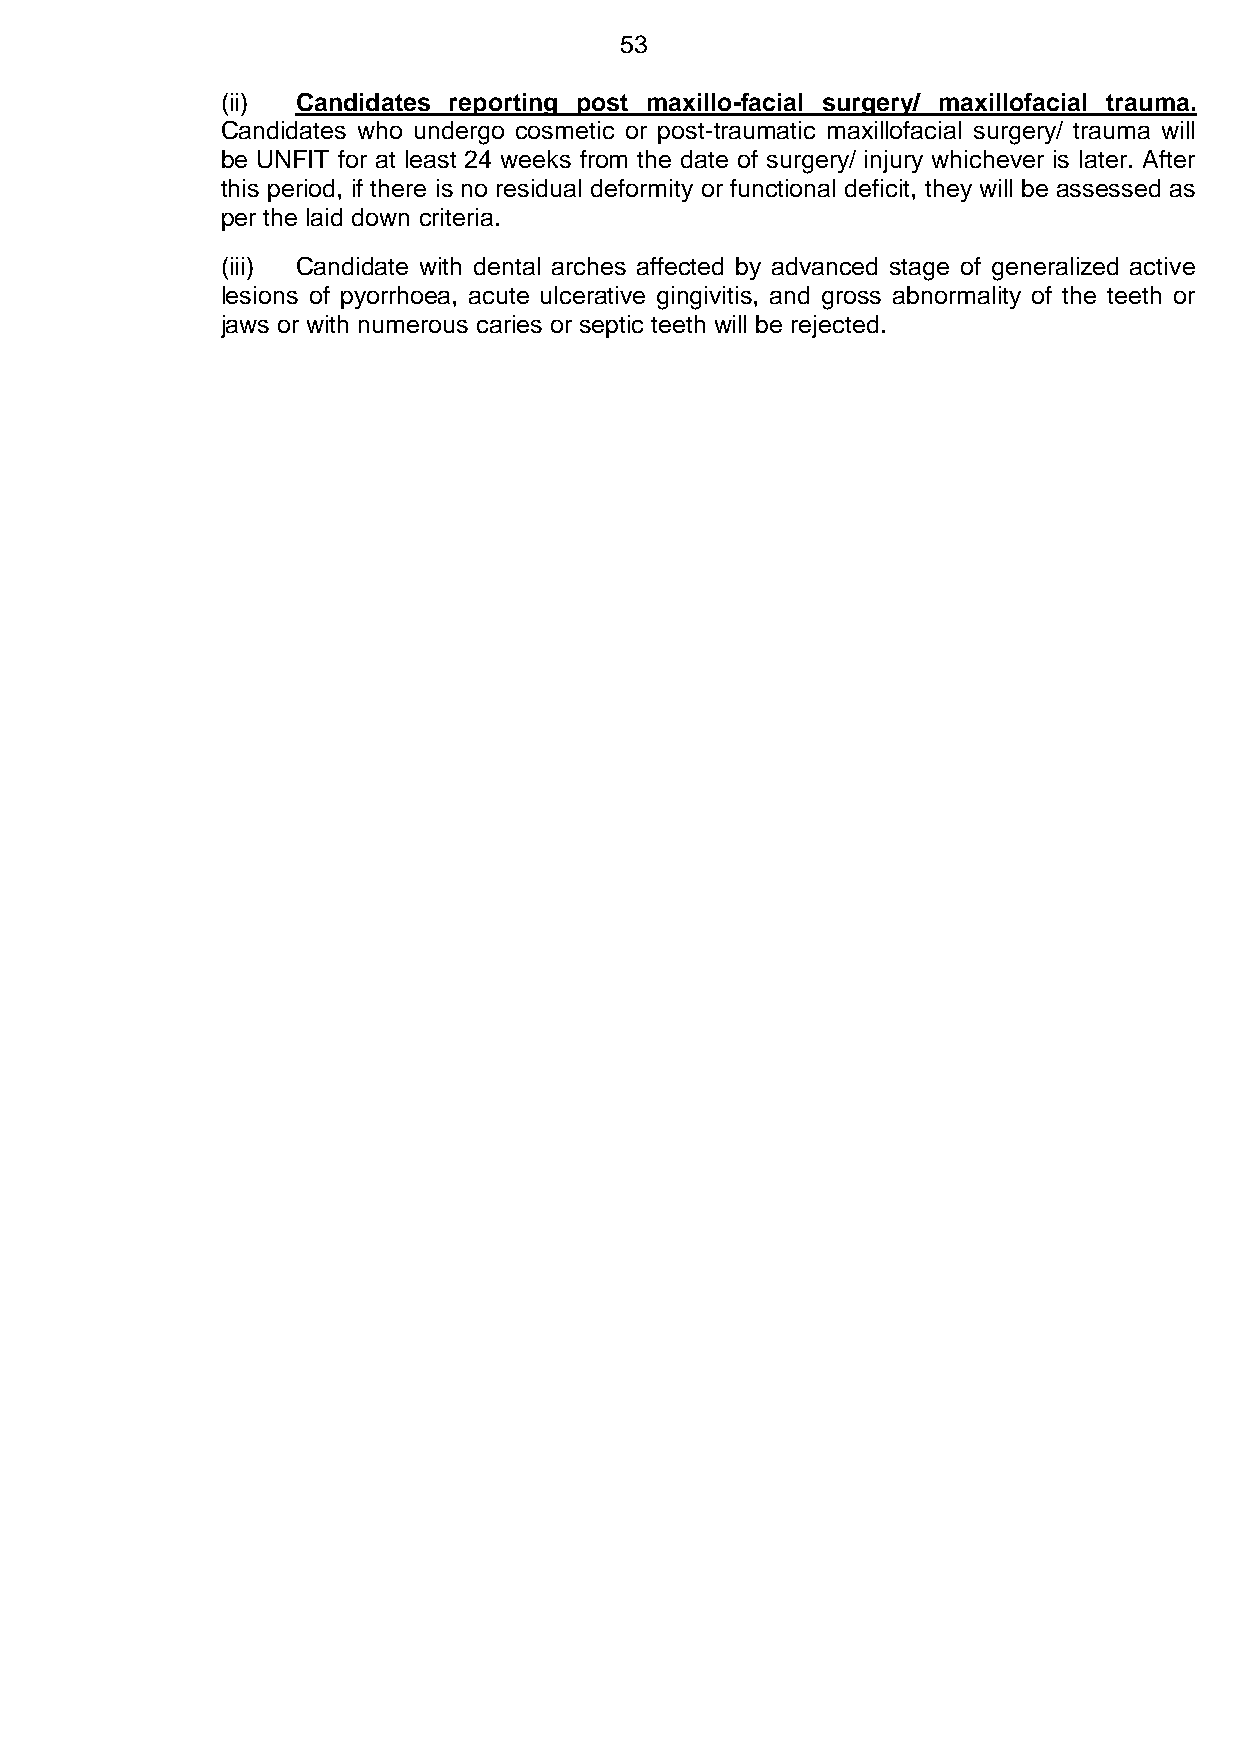
53
 (ii) Candidates reporting post maxillo-facial surgery/ maxillofacial trauma.
 Candidates who undergo cosmetic or post-traumatic maxillofacial surgery/ trauma will
 be UNFIT for at least 24 weeks from the date of surgery/ injury whichever is later. After
 this period, if there is no residual deformity or functional deficit, they will be assessed as
 per the laid down criteria.
 (iii) Candidate with dental arches affected by advanced stage of generalized active
 lesions of pyorrhoea, acute ulcerative gingivitis, and gross abnormality of the teeth or
 jaws or with numerous caries or septic teeth will be rejected.